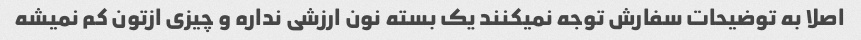
اصلا به توضیحات سفارش توجه نمیکنند یک بسته نون ارزشی نداره و چیزی ازتون کم نمیشه